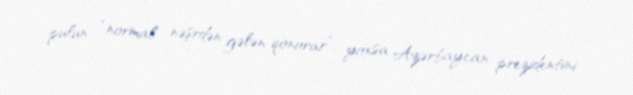
pulun “normal nəşrdən gələn qonorar”, yoxsa Azərbaycan prezidentini